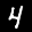
Label: 4